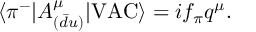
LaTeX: \langle \pi ^ { - } | A _ { ( \bar { d } u ) } ^ { \mu } | \mathrm { V A C } \rangle = i f _ { \pi } q ^ { \mu } .